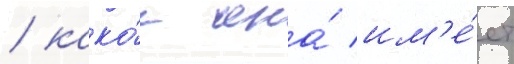
/ како́е она́ им'е́ет